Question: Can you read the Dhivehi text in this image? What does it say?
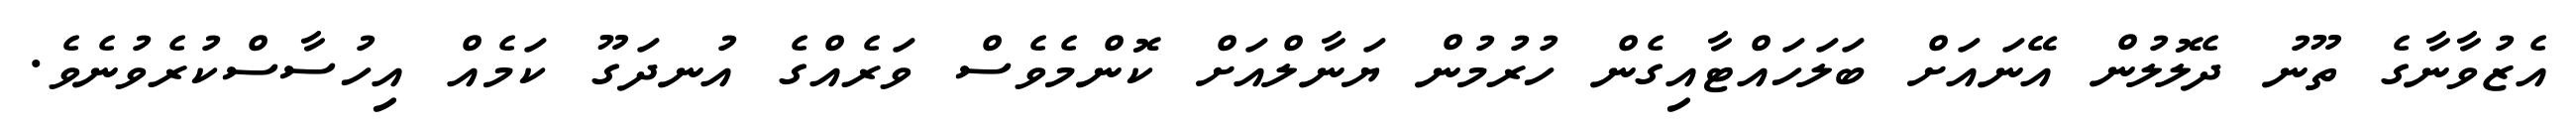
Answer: އެޒުވާނާގެ ތޫނު ދެލޮލުން އޭނައަށް ބަލަހައްޓާއިގެން ހުރުމުން ޔަނާލްއަށް ކޮންމެވެސް ވަރެއްގެ އުނދަގޫ ކަމެއް އިހުސާސްކުރެވުނެވެ.